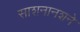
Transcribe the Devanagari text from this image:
साशनानशने